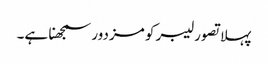
پہلا تصور لیبر کو مزدور سمجھنا ہے۔